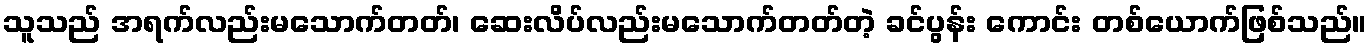
သူသည် အရက်လည်းမသောက်တတ်၊ ဆေးလိပ်လည်းမသောက်တတ်တဲ့ ခင်ပွန်း ကောင်း တစ်ယောက်ဖြစ်သည်။